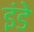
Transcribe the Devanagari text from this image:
इंडे